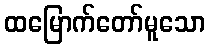
ထမြောက်တော်မူသော